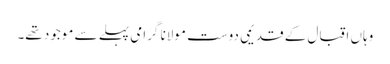
وہاں اقبال کے قدیمی دوست مولانا گرامی پہلے سے موجود تھے۔